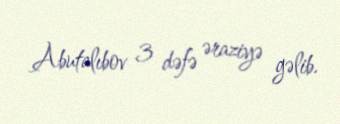
Abutalıbov 3 dəfə əraziyə gəlib.